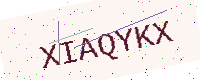
Text: XIAQYKX